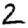
Digit: 2